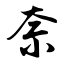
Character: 奈